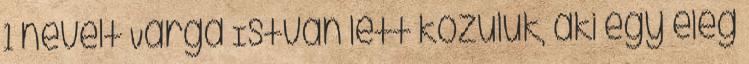
1 nevelt Varga István lett közülük, aki egy elég